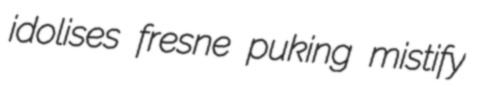
idolises fresne puking mistify